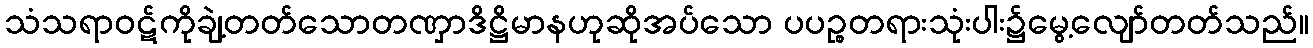
သံသရာဝဋ်ကိုချဲ့တတ်သောတဏှာဒိဋ္ဌိမာနဟုဆိုအပ်သော ပပဉ္စတရားသုံးပါး၌မွေ့လျော်တတ်သည်။